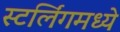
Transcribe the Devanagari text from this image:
स्टर्लिंगमध्ये